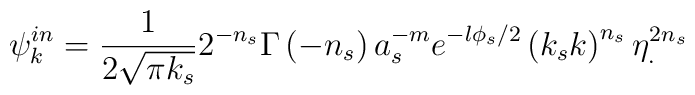
\psi_k^{in} =\frac{1}{2\sqrt{\pi k_s}}2^{-n_s}\Gamma \left( -n_s\right)a_s^{-m}e^{-l\phi _s/2}\left( k_sk\right) ^{n_s}\eta ^{2n_s}_{.}